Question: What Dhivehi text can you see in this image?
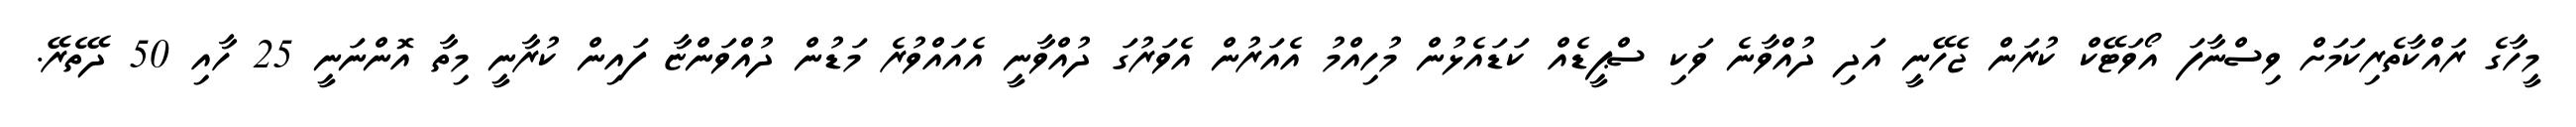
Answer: މީހާގެ ރައްކާތެރިކަމަށް ވިސްނާފަ އޯވަޓޭކް ކުރަން ޖެހޭނީ އަދި ދުއްވާނެ ވަކި ސްޕީޑެއް ކަޑައެޅުން މުހިއްމު އެއަރުން އެވަރުގަ ދުއްވާނީ އެއައްވުރެ މަޑުން ދުއްވަންޏާ ފައިން ކުރާނީ މިތާ އޮންނަނީ 25 ހާއި 50 ދޭތެރޭ.